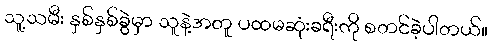
သူ့သမီး နှစ်နှစ်ခွဲမှာ သူနဲ့အတူ ပထမဆုံးခရီးကို စတင်ခဲ့ပါတယ်။